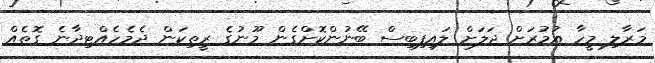
މަރާލި މީހާ އުމުރަށް ޖަލަށް ލައިފިބިސް ބޭނުންކޮށްގެން މޫނުގެ ރީތިކަން ދެމެހެއްޓިދާނެ ގޮތެއް